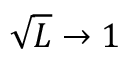
\sqrt { L } \rightarrow 1